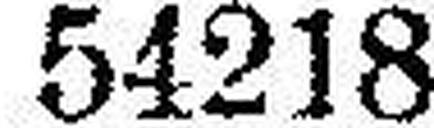
54218